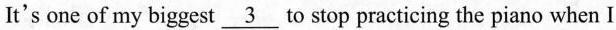
It's one of my biggest \underline{3} to stop practicing the piano whan I